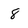
Character: 8